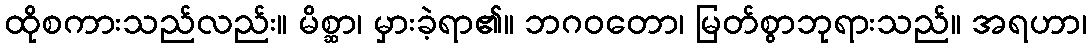
ထိုစကားသည်လည်း။ မိစ္ဆာ၊ မှားခဲ့ရာ၏။ ဘဂဝတော၊ မြတ်စွာဘုရားသည်။ အရဟာ၊